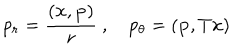
p _ { r } = \frac { ( { \bf x } , { \bf p } ) } { r } \ , p _ { \theta } = ( { \bf p } , T { \bf x } )